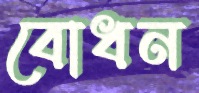
বোধন